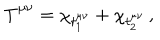
T _ { \; \; } ^ { \mu \nu } = \chi _ { t _ { 1 } ^ { \mu \nu } } + \chi _ { t _ { 2 } ^ { \mu \nu } } \, ,